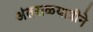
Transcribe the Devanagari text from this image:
अंतराळयात्रीने